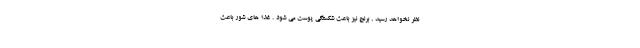
نظر نخواهد رسید , برنج نیز باعث شکستگی پوست می شود . غذا های شور باعث